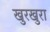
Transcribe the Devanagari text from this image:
खुरखुरा